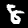
Digit: 8